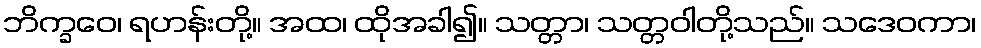
ဘိက္ခဝေ၊ ရဟန်းတို့။ အထ၊ ထိုအခါ၍။ သတ္တာ၊ သတ္တဝါတို့သည်။ သဒေဝကာ၊